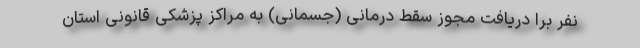
نفر برا دریافت مجوز سقط درمانی (جسمانی) به مراکز پزشکی قانونی استان